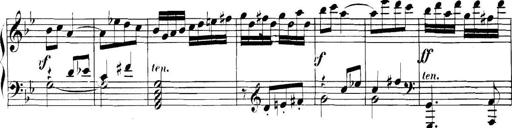
Title: Collected Piano Sonatas
Composer: Muzio Clementi